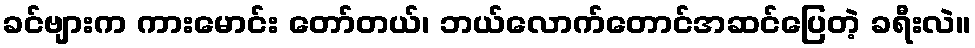
ခင်ဗျားက ကားမောင်း တော်တယ်၊ ဘယ်လောက်တောင်အဆင်ပြေတဲ့ ခရီးလဲ။